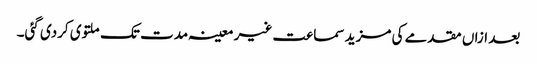
بعد ازاں مقدمے کی مزید سماعت غیر معینہ مدت تک ملتوی کردی گئی۔